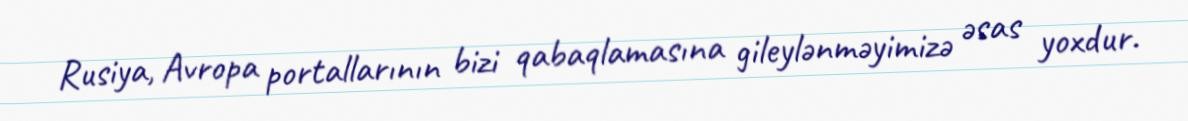
Rusiya, Avropa portallarının bizi qabaqlamasına gileylənməyimizə əsas yoxdur.